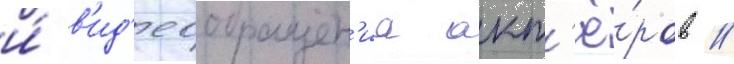
и́ в'ид'еообращен'иа акт'ё́ров //